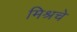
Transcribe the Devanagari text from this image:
मिश्रचे